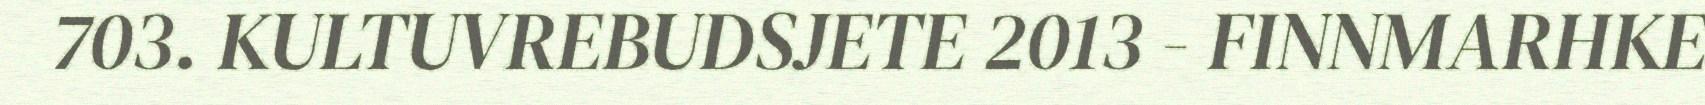
703. KULTUVREBUDSJETE 2013 - FINNMARHKE